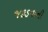
જકડવાની